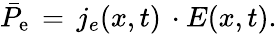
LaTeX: \begin{array}{r}{\bar{P}_{\mathrm{{e}}}\, =\, j_{e}(x,t)\, \cdot E(x,t).}\end{array}